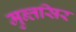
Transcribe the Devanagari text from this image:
मुन्तसिर